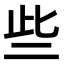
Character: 些